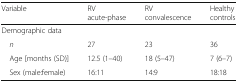
<table><thead><tr><td><b>Variable</b></td><td><b>RV acute-phase</b></td><td><b>RV convalescence</b></td><td><b>Healthy controls</b></td></tr></thead><tbody><tr><td colspan="4">Demographic data</td></tr><tr><td> <i>n</i></td><td>27</td><td>23</td><td>36</td></tr><tr><td> Age [months (SD)]</td><td>12.5 (1–40)</td><td>18 (5–47)</td><td>7 (6–7)</td></tr><tr><td> Sex (male:female)</td><td>16:11</td><td>14:9</td><td>18:18</td></tr></tbody></table>